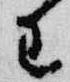
王